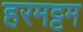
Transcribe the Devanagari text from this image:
हरमट्टम